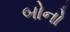
બોનો